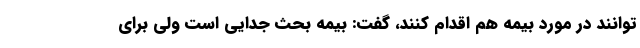
توانند در مورد بیمه هم اقدام کنند، گفت: بیمه بحث جدایی است ولی برای